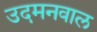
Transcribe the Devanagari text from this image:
उदमनवाल